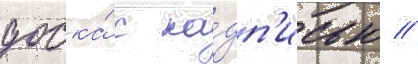
доска́ с на́дп'исью //